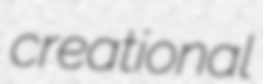
creational